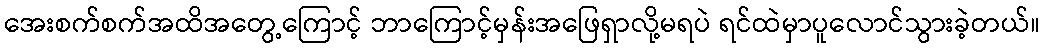
အေးစက်စက်အထိအတွေ့ကြောင့် ဘာကြောင့်မှန်းအဖြေရှာလို့မရပဲ ရင်ထဲမှာပူလောင်သွားခဲ့တယ်။